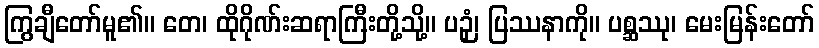
ကြွချီတော်မူ၏။ တေ၊ ထိုဂိုဏ်းဆရာကြီးတို့သို့။ ပဉှံ၊ ပြဿနာကို။ ပစ္ဆဿု၊ မေးမြန်းတော်